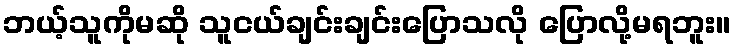
ဘယ့်သူကိုမဆို သူငယ်ချင်းချင်းပြောသလို ပြောလို့မရဘူး။